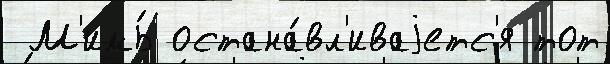
 М'имь́ остана́вл'иваjетс'я тот